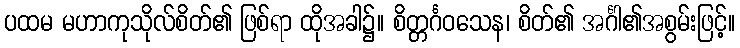
ပထမ မဟာကုသိုလ်စိတ်၏ ဖြစ်ရာ ထိုအခါ၌။ စိတ္တင်္ဂဝသေန၊ စိတ်၏ အင်္ဂါ၏အစွမ်းဖြင့်။